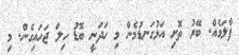
ފާލަމެއް. ބޭރުު ތޮށި އަޅުގަނޑުމެން މި ހަދަނީ ބޮޑު ހިލަ ޖަހައިގެން. މި